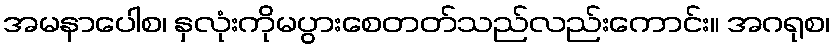
အမနာပေါစ၊ နှလုံးကိုမပွားစေတတ်သည်လည်းကောင်း။ အဂရုစ၊